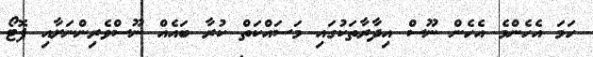
ހަމަ އެހެންމެ އެހެން ނޫސް އިދާރާތަކުގައި މަސައްކަތް ކުރާ ބައެއް ނޫސްވެރިންނަށާއި ފޮޓޯ